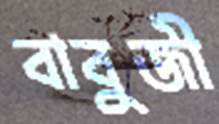
বাবুজী